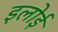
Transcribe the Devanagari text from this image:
इलोई